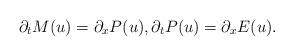
LaTeX: \begin{align*}\partial_t M(u) = \partial_x P(u), \partial_t P(u) = \partial_x E(u).\end{align*}